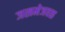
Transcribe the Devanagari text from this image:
जखमेजवळ